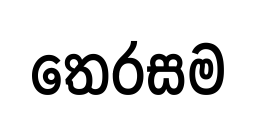
තෙරසම